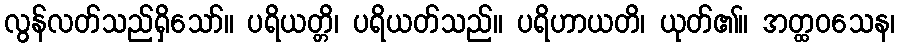
လွန်လတ်သည်ရှိသော်။ ပရိယတ္တိ၊ ပရိယတ်သည်။ ပရိဟာယတိ၊ ယုတ်၏။ အတ္ထဝသေန၊